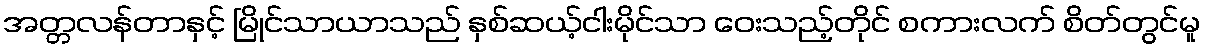
အတ္တလန်တာနှင့် မြိုင်သာယာသည် နှစ်ဆယ့်ငါးမိုင်သာ ဝေးသည့်တိုင် စကားလက် စိတ်တွင်မူ